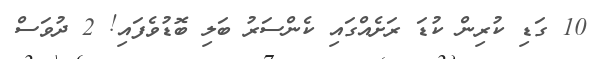
10 ގަޑި ކުރިން ކުޑަ ރަށެއްގައި ކެންސަރު ބަލި ބޮޑުވެފައި! 2 ދުވަސް